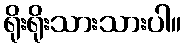
ရိုးရိုးသားသားပါ။